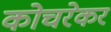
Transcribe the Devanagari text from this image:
कोचरेकर